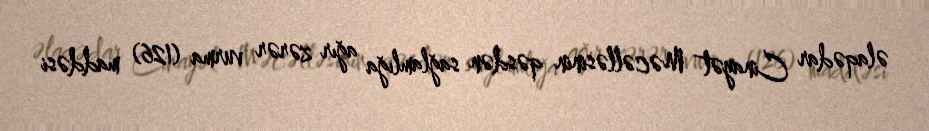
əlaqədar Cinayət Məcəlləsinin qəsdən sağlamlığa ağır zərər vurma (126) maddəsi